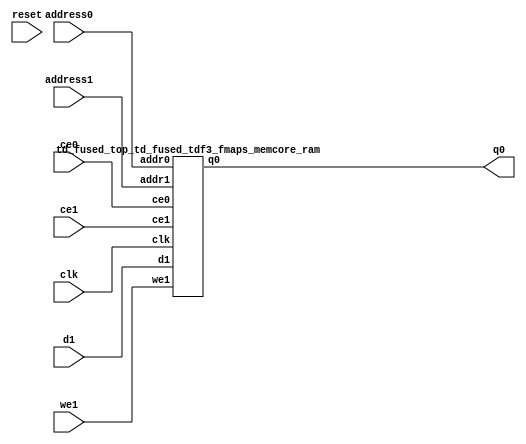
`define EXPONENT 5
`define MANTISSA 10
`define ACTUAL_MANTISSA 11
`define EXPONENT_LSB 10
`define EXPONENT_MSB 14
`define MANTISSA_LSB 0
`define MANTISSA_MSB 9
`define MANTISSA_MUL_SPLIT_LSB 3
`define MANTISSA_MUL_SPLIT_MSB 9
`define SIGN 1
`define SIGN_LOC 15
`define DWIDTH (`SIGN+`EXPONENT+`MANTISSA)
`define IEEE_COMPLIANCE 1

module td_fused_top_td_fused_tdf3_fmaps_memcore(
    reset,
    clk,
    address0,
    ce0,
    q0,
    address1,
    ce1,
    we1,
    d1);

parameter DataWidth = 32'd64;
parameter AddressRange = 32'd25088;
parameter AddressWidth = 32'd15;
input reset;
input clk;
input[AddressWidth - 1:0] address0;
input ce0;
output[DataWidth - 1:0] q0;
input[AddressWidth - 1:0] address1;
input ce1;
input we1;
input[DataWidth - 1:0] d1;



td_fused_top_td_fused_tdf3_fmaps_memcore_ram td_fused_top_td_fused_tdf3_fmaps_memcore_ram_U(
    .clk( clk ),
    .addr0( address0 ),
    .ce0( ce0 ),
    .q0( q0 ),
    .addr1( address1 ),
    .ce1( ce1 ),
    .we1( we1 ),
    .d1( d1 )
);

endmodule
module td_fused_top_td_fused_tdf3_fmaps_memcore_ram (addr0, ce0, q0, addr1, ce1, d1, we1,  clk);

parameter DWIDTH = 64;
parameter AWIDTH = 15;
parameter MEM_SIZE = 25088;

input[AWIDTH-1:0] addr0;
input ce0;
output wire[DWIDTH-1:0] q0;
input[AWIDTH-1:0] addr1;
input ce1;
input[DWIDTH-1:0] d1;
input we1;
input clk;

 reg [DWIDTH-1:0] ram[MEM_SIZE-1:0];
wire [AWIDTH-1:0] addr0_t0; 
reg [AWIDTH-1:0] addr0_t1; 
reg [DWIDTH-1:0] q0_t0;
  reg [DWIDTH-1:0] q0_t1;
wire [AWIDTH-1:0] addr1_t0; 
reg [AWIDTH-1:0] addr1_t1; 
wire [DWIDTH-1:0] d1_t0; 
wire we1_t0; 
reg [DWIDTH-1:0] d1_t1; 
reg we1_t1; 


assign addr0_t0 = addr0;
assign q0 = q0_t1;
assign addr1_t0 = addr1;
assign d1_t0 = d1;
assign we1_t0 = we1;

always @(posedge clk)  
begin
    if (ce0) 
    begin
        addr0_t1 <= addr0_t0; 
        q0_t1 <= q0_t0;
    end
    if (ce1) 
    begin
        addr1_t1 <= addr1_t0; 
        d1_t1 <= d1_t0;
        we1_t1 <= we1_t0;
    end
end


always @(posedge clk)  
begin 
    if (ce0) begin
        q0_t0 <= ram[addr0_t1];
    end
end


always @(posedge clk)  
begin 
    if (ce1) begin
        if (we1_t1) 
            ram[addr1_t1] <= d1_t1; 
    end
end


endmodule